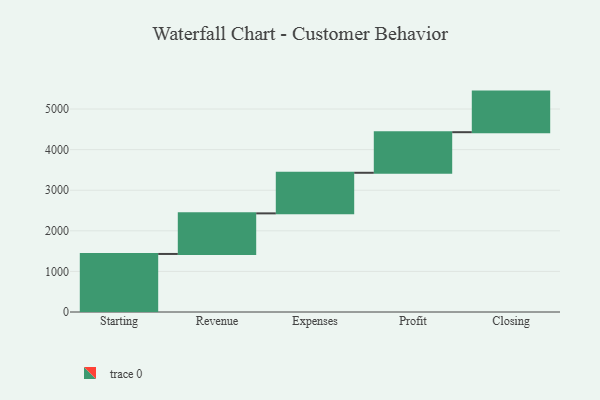
{"axis": {"x": "Step", "y": "Value"}, "legend": [""], "data": [{"x": "Starting", "y": 1430.0, "type": ""}, {"x": "Revenue", "y": 1000, "type": ""}, {"x": "Expenses", "y": 1000, "type": ""}, {"x": "Profit", "y": 1000, "type": ""}, {"x": "Closing", "y": 1000, "type": ""}]}